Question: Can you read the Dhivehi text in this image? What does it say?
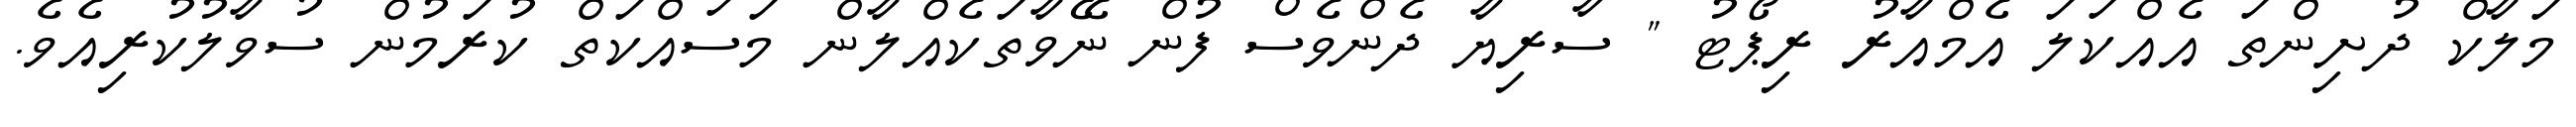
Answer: މަލާކް ދުށިންތަ އެއްކަލަ އެމްއާރު ރިޕޯޓު " ސާރިޔާ ދެންވެސް ފުން ނޭވާތަކެއްލާން މަސައްކަތް ކުރަމުން ސުވާލުކުރިއެވެ.